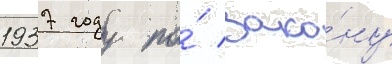
1937 году по́ зако́ну